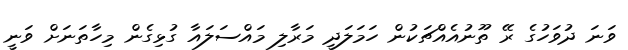
ވަނަ ދުވަހުގެ ރޭ ތޫނުއެއްޗަކުން ހަމަލަދީ މަރާލި މައްސަލައާ ގުޅިގެން މިހާތަނަށް ވަނީ